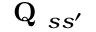
\textbf { Q } _ { s s ^ { \prime } }